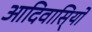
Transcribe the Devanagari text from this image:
आदिवासि्यों